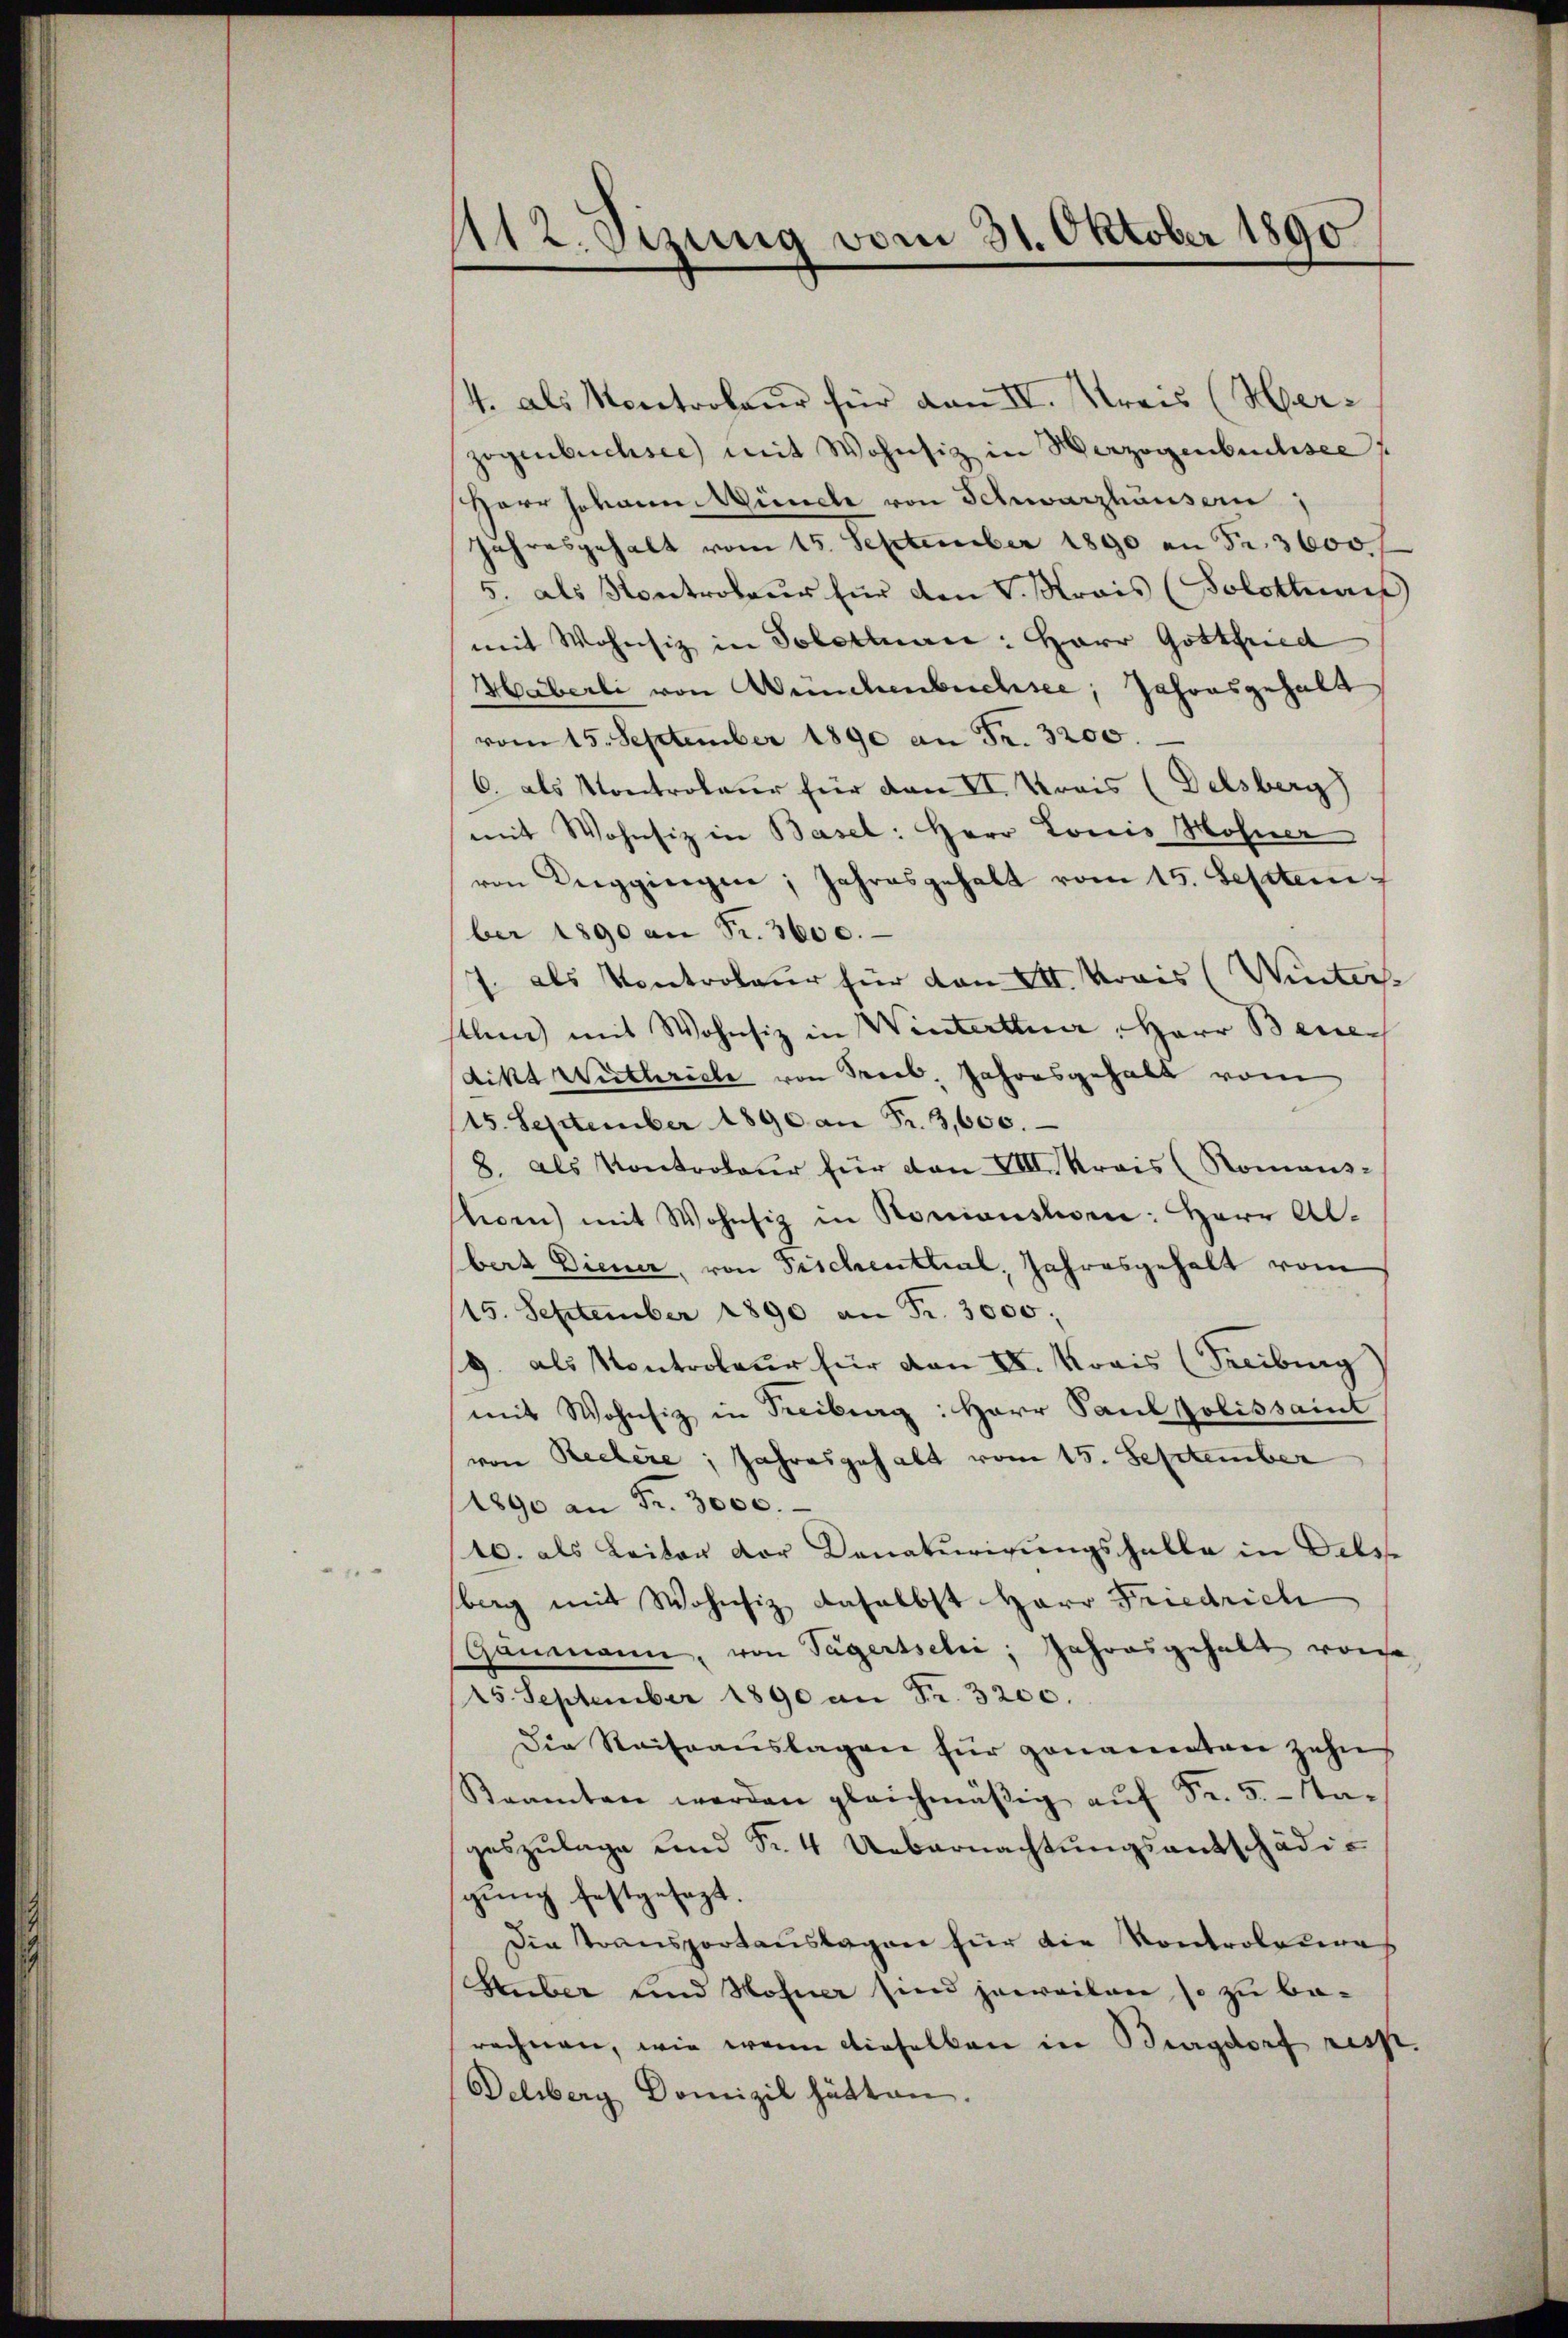
112. Sizung vom 31. Oktober 1890

4. als Montroleur für von II. Kreis (Merzogenbüchsee mit Wohnsiz in Herzogenbuchsee
Herr Jovan Münche von Schwarzhausern,
Jahresgehalt vom 15. September 1890 an Fr. 3600.
5. als Kontrolaus für den V. Krais (Solothurn
mit Wohnsiz in Solottuar: Herr Gottfried
Häberli von Münchenbuchsee, Jahresgehalt
vom 15. September 1890 an Fr. 3200.
6. als Kontroleur für den II. Kreis (Delsberg)
mit Wohnsiz in Basel: Herr Louis Hohner
ren Reggingen, Jahresgehalt vom 15. Septem
ber 1890 an Fr. 3600.
1. als Kontroleur für den 24. Krais (Winter
stlen mit Wohnsiz in Winterthur, Herr Berec
dikt Wuthriebe von Freib, Jahresgehalt vom
15. September 1890 an Fr. 3,600.
8. als Kontroleur für den VIII. Krais (Romans-
hoen) mit Wohnsiz in Roniensten: Herr Albert Diener, von Fischenthal, Jahresgehalt vom
115. September 1890 an Fr. 3000,
9. als Kontroleur für von II. Krais (Freiburg
mit Wohnsiz in Treiburg: Herr Paul polissait
von Rechere Jahresgehalt vom 15. September
1890 an Fr. 3000.
10. als Leiter der Donaterirungsfalle in Dels
berg mit Wohnsiz daselbst Herr Friedrich
Ganmann, von Tägersselia, Jahresgehalt von
25. September 1890 an Fr. 3200.
Die Reiseaŭslagen für genannten zehn
Kaamten werden gleichmäßig aŭf Fr. 5.- Ta-
geszŭlage und Fr. 4 Uebernachtŭngsantschädig
gung festgesezt.
Die Transportaŭslagen für die Kontrolesias
Huber und Hohner sind jeweilen, so zu berechnen, wie wenn dieselben in Burgdorf resp.
Deliberg Domizil hätten